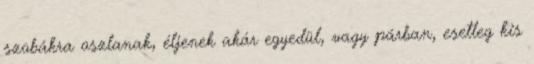
szobákra oszlanak, éljenek akár egyedül, vagy párban, esetleg kis